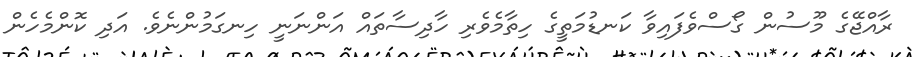
ރާއްޖޭގެ މޫސުން ގޯސްވެފައިވާ ކަނޑުމަތީގެ ހިތާމެވެރި ހާދިސާތައް އަންނަނީ ހިނގަމުންނެވެ. އަދި ކޮންމެހެން